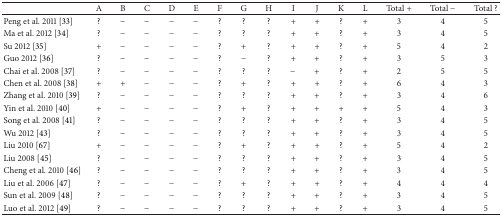
|  | A | B | C | D | E | F | G | H | I | J | K | L | Total + | Total − | Total ? |
 | --- | --- | --- | --- | --- | --- | --- | --- | --- | --- | --- | --- | --- | --- | --- | --- |
 | Peng et al. 2011 [33] | ? | − | − | − | − | ? | ? | ? | + | + | ? | + | 3 | 4 | 5 |
 | Ma et al. 2012 [34] | ? | − | − | − | − | ? | ? | ? | + | + | ? | + | 3 | 4 | 5 |
 | Su 2012 [35] | + | − | − | − | − | ? | + | ? | + | + | ? | + | 5 | 4 | 2 |
 | Guo 2012 [36] | ? | − | − | − | − | ? | − | ? | + | + | ? | + | 3 | 5 | 3 |
 | Chai et al. 2008 [37] | ? | − | − | − | − | ? | ? | ? | − | + | ? | + | 2 | 5 | 5 |
 | Chen et al. 2008 [38] | + | + | − | − | − | ? | + | ? | + | + | ? | + | 6 | 4 | 3 |
 | Zhang et al. 2010 [39] | ? | − | − | − | − | ? | ? | ? | + | + | ? | + | 3 | 4 | 6 |
 | Yin et al. 2010 [40] | + | − | − | − | − | ? | + | ? | + | + | + | + | 5 | 4 | 3 |
 | Song et al. 2008 [41] | ? | − | − | − | − | ? | ? | ? | + | + | ? | + | 3 | 4 | 5 |
 | Wu 2012 [43] | ? | − | − | − | − | ? | ? | ? | + | + | ? | + | 3 | 4 | 5 |
 | Liu 2010 [67] | + | − | − | − | − | ? | + | ? | + | + | ? | + | 5 | 4 | 2 |
 | Liu 2008 [45] | ? | − | − | − | − | ? | ? | ? | + | + | ? | + | 3 | 4 | 5 |
 | Cheng et al. 2010 [46] | ? | − | − | − | − | ? | ? | ? | + | + | ? | + | 3 | 4 | 5 |
 | Liu et al. 2006 [47] | ? | − | − | − | − | ? | + | ? | + | + | ? | + | 4 | 4 | 4 |
 | Sun et al. 2009 [48] | ? | − | − | − | − | ? | ? | ? | + | + | ? | + | 3 | 4 | 5 |
 | Luo et al. 2012 [49] | ? | − | − | − | − | ? | ? | ? | + | + | ? | + | 3 | 4 | 5 |